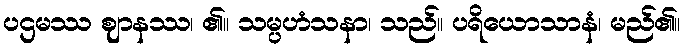
ပဌမဿ ဈာနဿ၊ ၏။ သမ္ပဟံသနာ၊ သည်။ ပရိယောသာနံ၊ မည်၏။